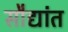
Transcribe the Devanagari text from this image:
सौद्यांत